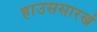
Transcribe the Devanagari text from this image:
हाउससारखे